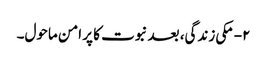
۲- مکی زندگی، بعد نبوت کا پر امن ماحول۔